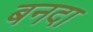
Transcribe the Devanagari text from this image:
बनदा